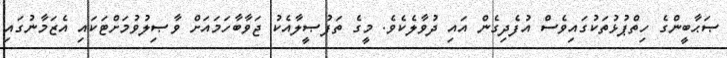
ޞަޙާބީންގެ ހިތްޕުޅުތަކުގައިވެސް އުފެދިގެން އައި ދުވާލެކެވެ. މީގެ ތަފުޞީލާއެކު ޖަވާބާހަމައަށް ވާޞިލުވުމަށްޓަކައި އެޒަމާނުގައި